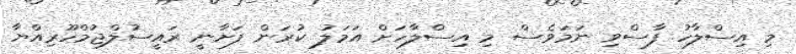
މި އިސްލާހު ފާސްވި ނަމަވެސް މި އިސްލާހަށް އަމަލު ކުރަން ފަށާނީ ރައީސުލްޖުމްހޫރިއްޔާ